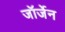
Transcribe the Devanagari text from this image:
जॉर्जेन